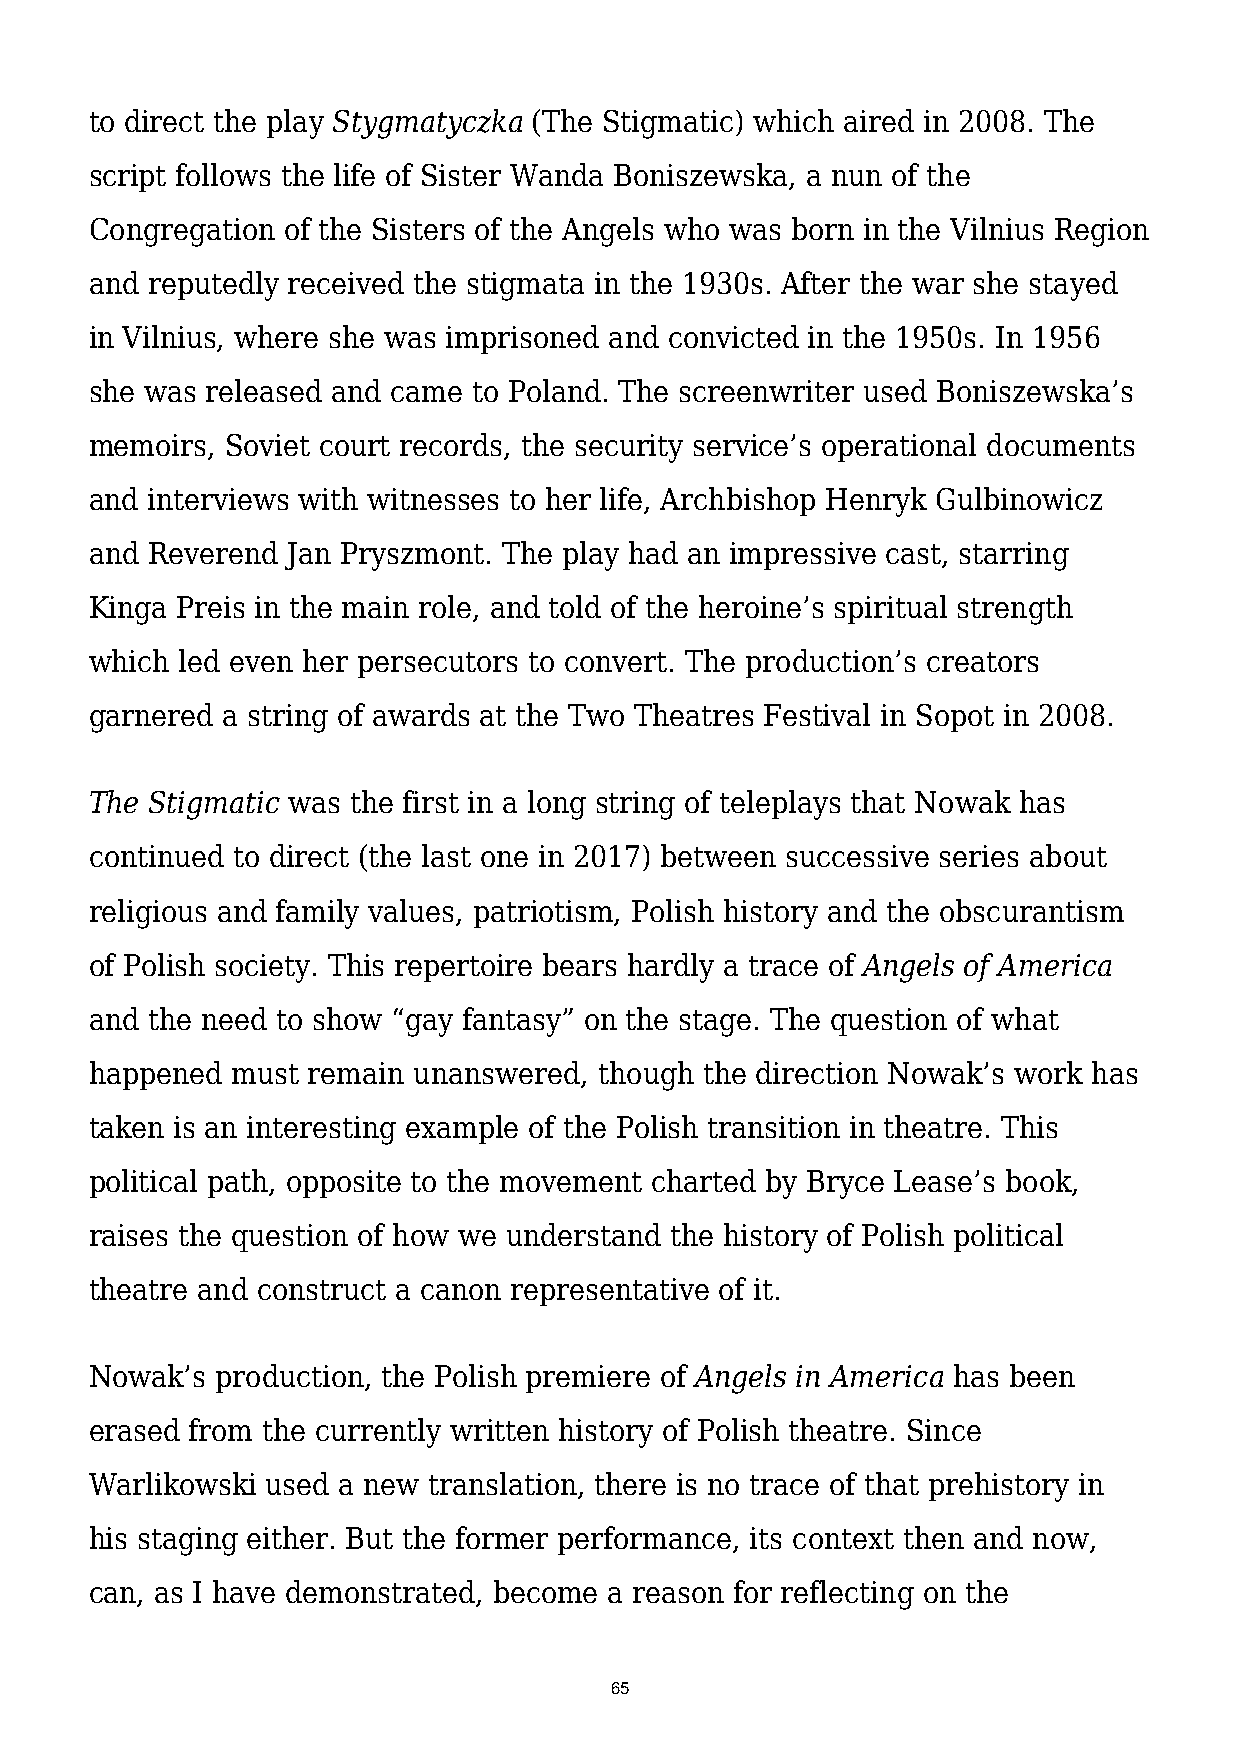
to direct the play Stygmatyczka (The Stigmatic) which aired in 2008. The
 script follows the life of Sister Wanda Boniszewska, a nun of the
 Congregation of the Sisters of the Angels who was born in the Vilnius Region
 and reputedly received the stigmata in the 1930s. After the war she stayed
 in Vilnius, where she was imprisoned and convicted in the 1950s. In 1956
 she was released and came to Poland. The screenwriter used Boniszewska’s
 memoirs, Soviet court records, the security service’s operational documents
 and interviews with witnesses to her life, Archbishop Henryk Gulbinowicz
 and Reverend Jan Pryszmont. The play had an impressive cast, starring
 Kinga Preis in the main role, and told of the heroine’s spiritual strength
 which led even her persecutors to convert. The production’s creators
 garnered a string of awards at the Two Theatres Festival in Sopot in 2008.
 The Stigmatic was the first in a long string of teleplays that Nowak has
 continued to direct (the last one in 2017) between successive series about
 religious and family values, patriotism, Polish history and the obscurantism
 of Polish society. This repertoire bears hardly a trace of Angels of America
 and the need to show “gay fantasy” on the stage. The question of what
 happened must remain unanswered,  though the direction Nowak’s work has
 taken is an interesting example of the Polish transition in theatre. This
 political path, opposite to the movement charted by Bryce Lease’s book,
 raises the question of how we understand the history of Polish political
 theatre and construct a canon representative of it.
 Nowak’s production, the Polish premiere of Angels in America has been
 erased from the currently written history of Polish theatre. Since
 Warlikowski used a new translation, there is no trace of that prehistory in
 his staging either. But the former performance, its context then and now,
 can, as I have demonstrated, become a reason for reflecting on the
 65